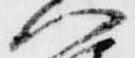
門